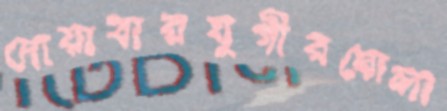
দোয়াবারযুগীরঘোলা